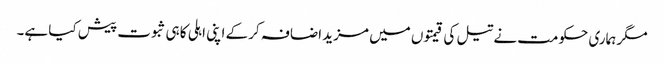
مگر ہماری حکومت نے تیل کی قیمتوں میں مزید اضافہ کر کے اپنی اہلی کا ہی ثبوت پیش کیا ہے۔